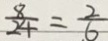
\frac { 8 } { 2 4 } = \frac { 2 } { 6 }